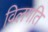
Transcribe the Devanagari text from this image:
विलगति